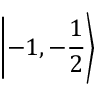
\left| - 1 , - { \frac { 1 } { 2 } } \right\rangle